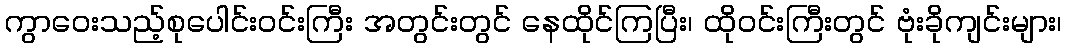
ကွာဝေးသည့်စုပေါင်းဝင်းကြီး အတွင်းတွင် နေထိုင်ကြပြီး၊ ထိုဝင်းကြီးတွင် ဗုံးခိုကျင်းများ၊